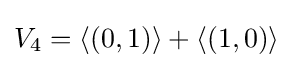
V_{4}=\langle (0,1)\rangle +\langle (1,0)\rangle